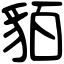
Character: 貊